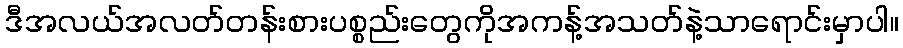
ဒီအလယ်အလတ်တန်းစားပစ္စည်းတွေကိုအကန့်အသတ်နဲ့သာရောင်းမှာပါ။